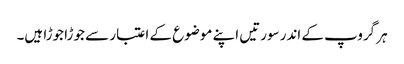
ہر گروپ کے اندر سورتیں اپنے موضوع کے اعتبار سے جوڑا جوڑا ہیں۔